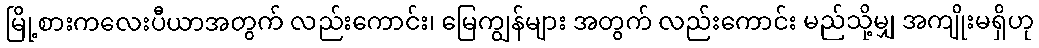
မြို့စားကလေးပီယာအတွက် လည်းကောင်း၊ မြေကျွန်များ အတွက် လည်းကောင်း မည်သို့မျှ အကျိုးမရှိဟု